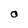
Character: O